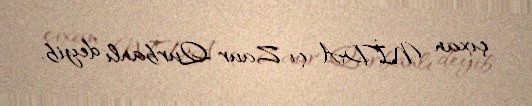
çıxan NİDA-çı Zaur Qurbanlı deyib.